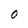
Character: O